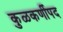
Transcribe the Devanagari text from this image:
कुळकर्णीपद